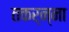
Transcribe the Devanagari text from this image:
तकर्न्ना